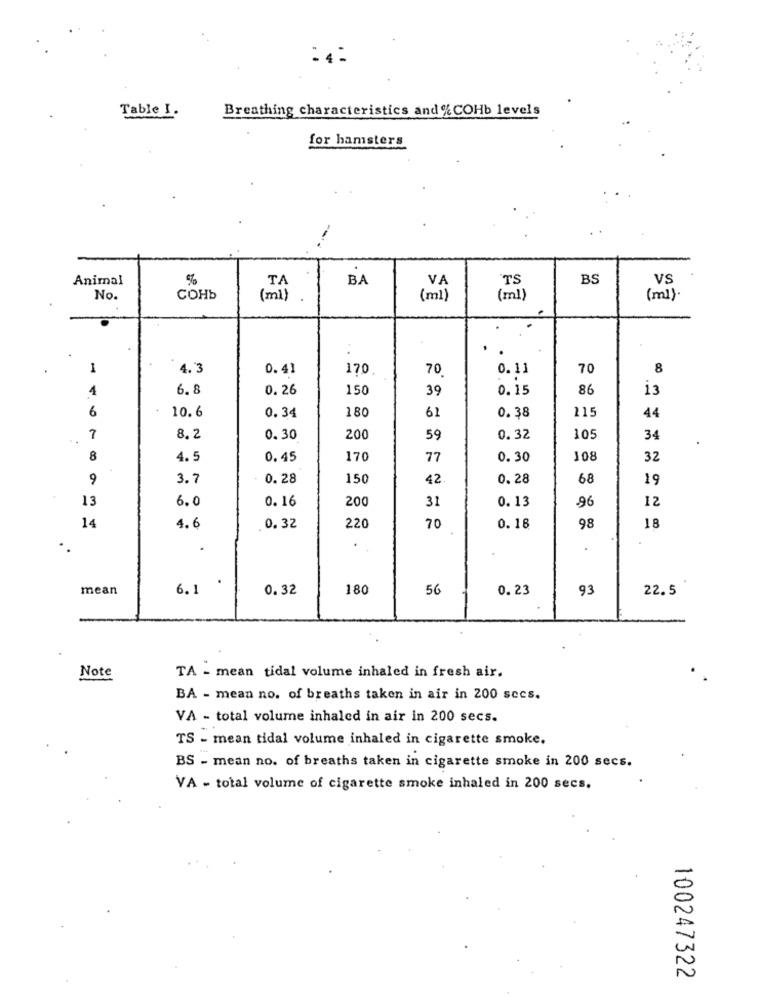
Table I.
Breathing characteristics and %% COHb levels
for hamsters
Animal
%
BA
VA
TS
BS
VS
TA
No.
сонь
(m)
(ml)
(ml)
(ml)
1
4.3
0.41
170
70
0.11
70
8
4
6.8
0.26
150
39
0.15
86
13
6
10. 6
180
61
115
0.34
0.38
44
7
8.2
0.30
200
59
0.32
10
34
8
4.5
0.45
170
77
0.30
108
32
9
3.
0.28
150
42
0.28
68
19
13
6.0
0.16
200
31
0.13
96
12
98
18
14
4.6
0.32
220
70
0.18
.
.
mean
6.1
0.32
180
56
0.23
93
22.5
Note
TA - mean tidal volume inhaled in fresh air.
BA - mean no. of breaths taken in air in 200 secs.
VA - total volume inhaled in air in 200 secs.
TS - mean tidal volume inhaled in cigarette smoke.
BS - mean no. of breaths taken in cigarette smoke in 200 secs.
VA - total volume of cigarette smoke inhaled in 200 secs.
100247322